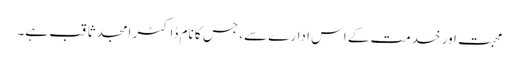
محبت اور خدمت کے اس ادارے سے، جس کا نام ڈاکٹر امجد ثاقب ہے۔